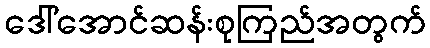
ဒေါ်အောင်ဆန်းစုကြည်အတွက်